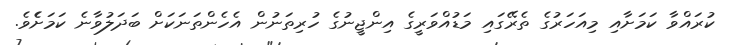
ކުރައްވާ ކަމަށާއި މިއަހަރުގެ ތެރޭގައި މަޑުއްވަރީގެ އިންޖީނުގެ ހުރިތަނުން އެހެންތަނަކަށް ބަދަލުވާނެ ކަމަށެެވެ.